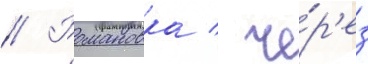
// Романовка / че́р'ез